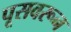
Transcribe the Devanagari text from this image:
पूसवरून